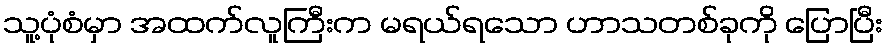
သူ့ပုံစံမှာ အထက်လူကြီးက မရယ်ရသော ဟာသတစ်ခုကို ပြောပြီး